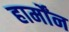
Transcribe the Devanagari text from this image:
हार्मोंन